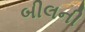
બીલની